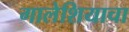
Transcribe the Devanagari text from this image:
गालेशियाचा